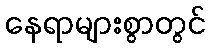
နေရာများစွာတွင်